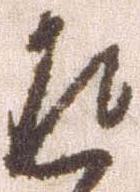
返